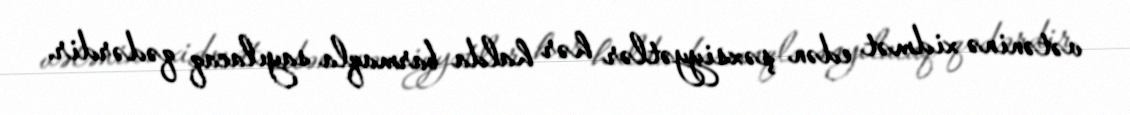
vətəninə xidmət edən şəxsiyyətlər hər halda barmaqla sayılacaq qədərdir.